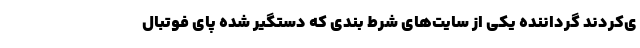
ی‌کردند گرداننده یکی از سایت‌های شرط بندی که دستگیر شده پای فوتبال